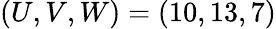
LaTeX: (U,V,W)=(10,13,7)